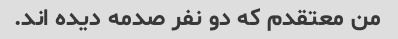
من معتقدم که دو نفر صدمه دیده اند.